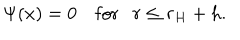
\Psi ( x ) = 0 ~ \mathrm { f o r } r \leq r _ { H } + h .